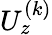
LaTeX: U_{z}^{(k)}